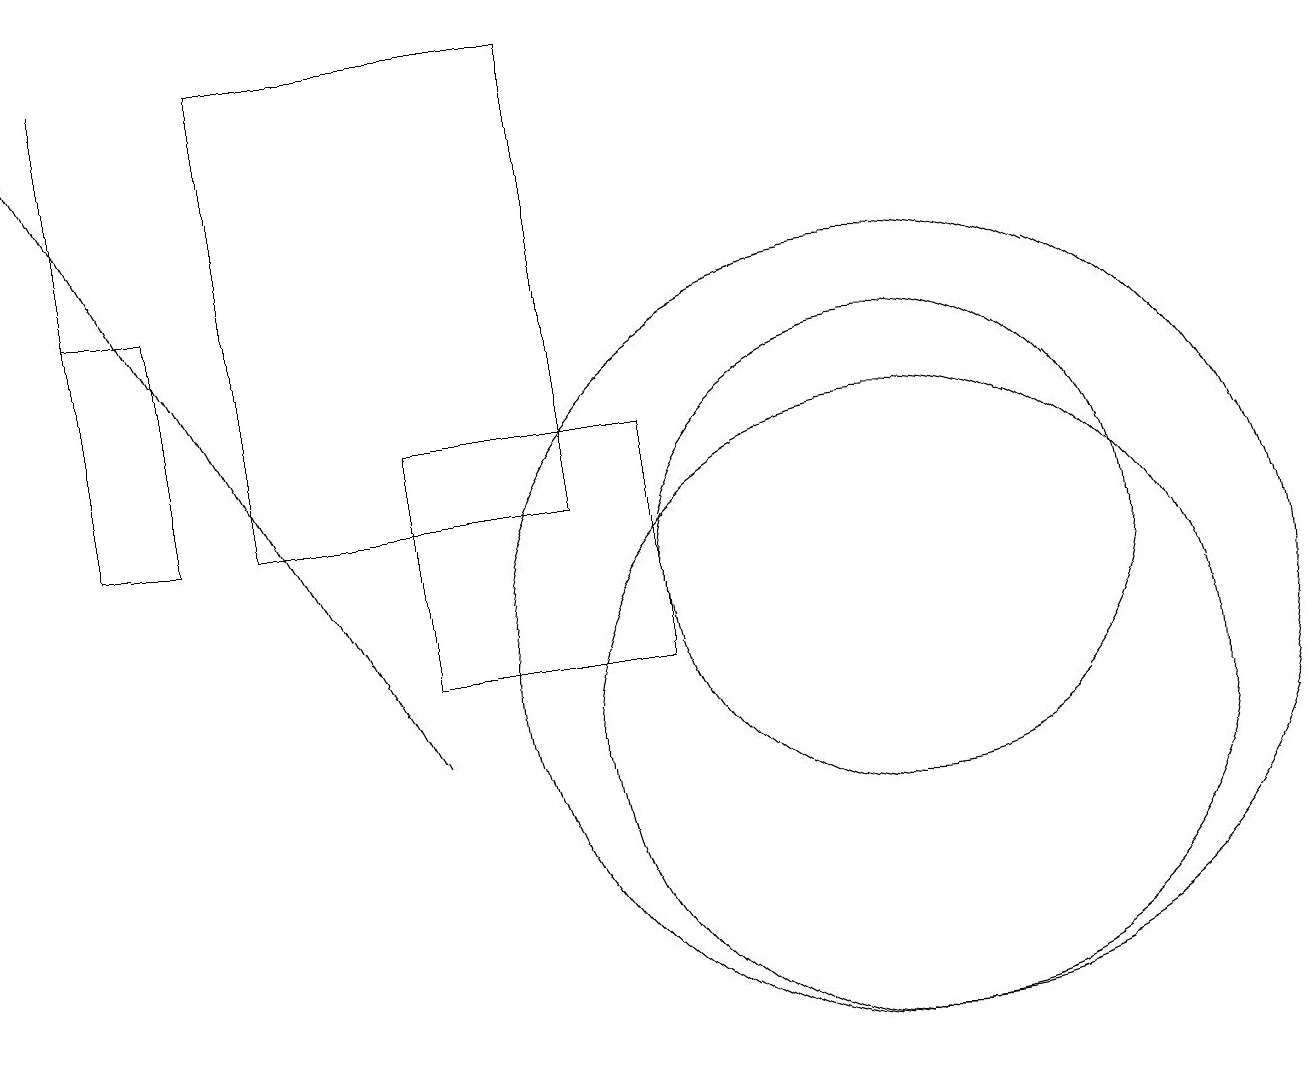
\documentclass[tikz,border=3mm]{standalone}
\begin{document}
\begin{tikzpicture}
\draw (11,10) circle (4);
\draw[->] (5,10) -- (0,19);
\draw (1,13) rectangle (2,16);
\draw (11,11) circle (5);
\draw (8,11) rectangle (5,14);
\draw (7,19) rectangle (3,13);
\draw (11,12) circle (3);
\draw (1,13) rectangle (1,19);
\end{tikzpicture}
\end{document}